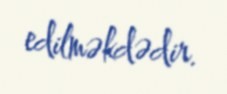
edilməkdədir.